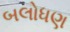
બલોધણ